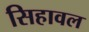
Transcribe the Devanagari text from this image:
सिहावल